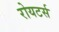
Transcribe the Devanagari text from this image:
रोयटर्स